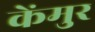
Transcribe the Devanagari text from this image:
केंमुर